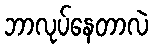
ဘာလုပ်နေတာလဲ